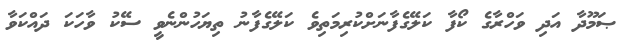
ޞަމޫދާ އަދި ވަހްރާގެ ކޯފާ ކަލޭގެފާނަށްކުރިމަތިވެ ކަލޭގެފާނު ތިޔަހުންނެވީ ސޭކު ވާހަކަ ދައްކަވާ